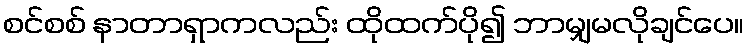
စင်စစ် နာတာရှာကလည်း ထိုထက်ပို၍ ဘာမျှမလိုချင်ပေ။